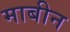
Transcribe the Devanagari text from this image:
माबीन